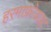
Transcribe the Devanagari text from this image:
हरमाफ्रोडाइट